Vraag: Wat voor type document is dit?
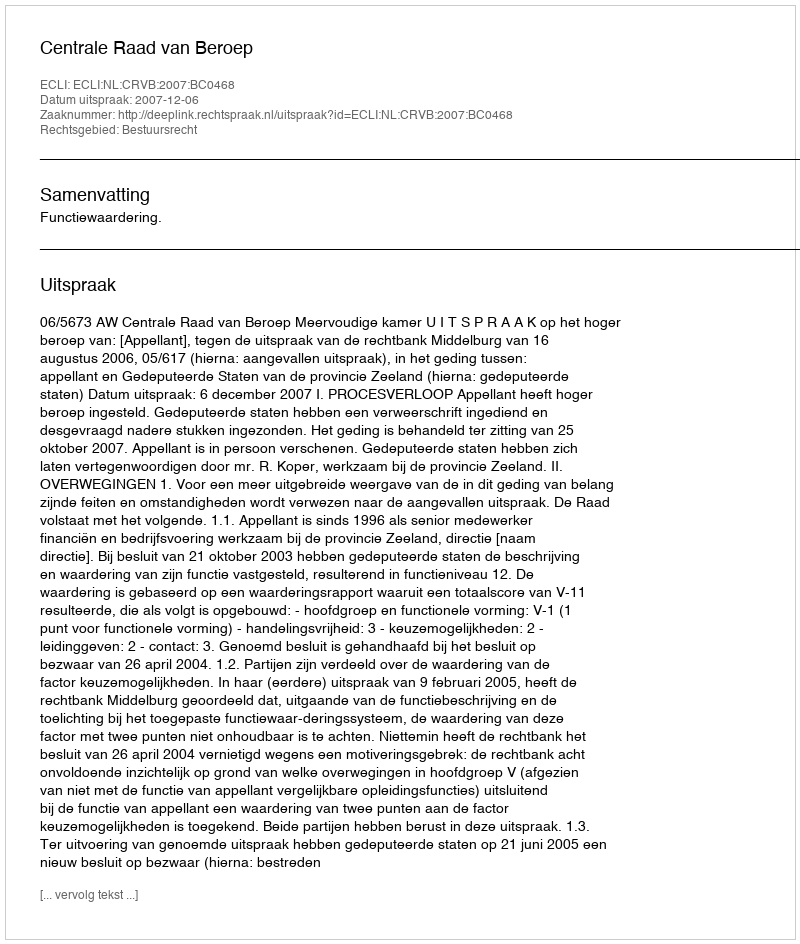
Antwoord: Uitspraak